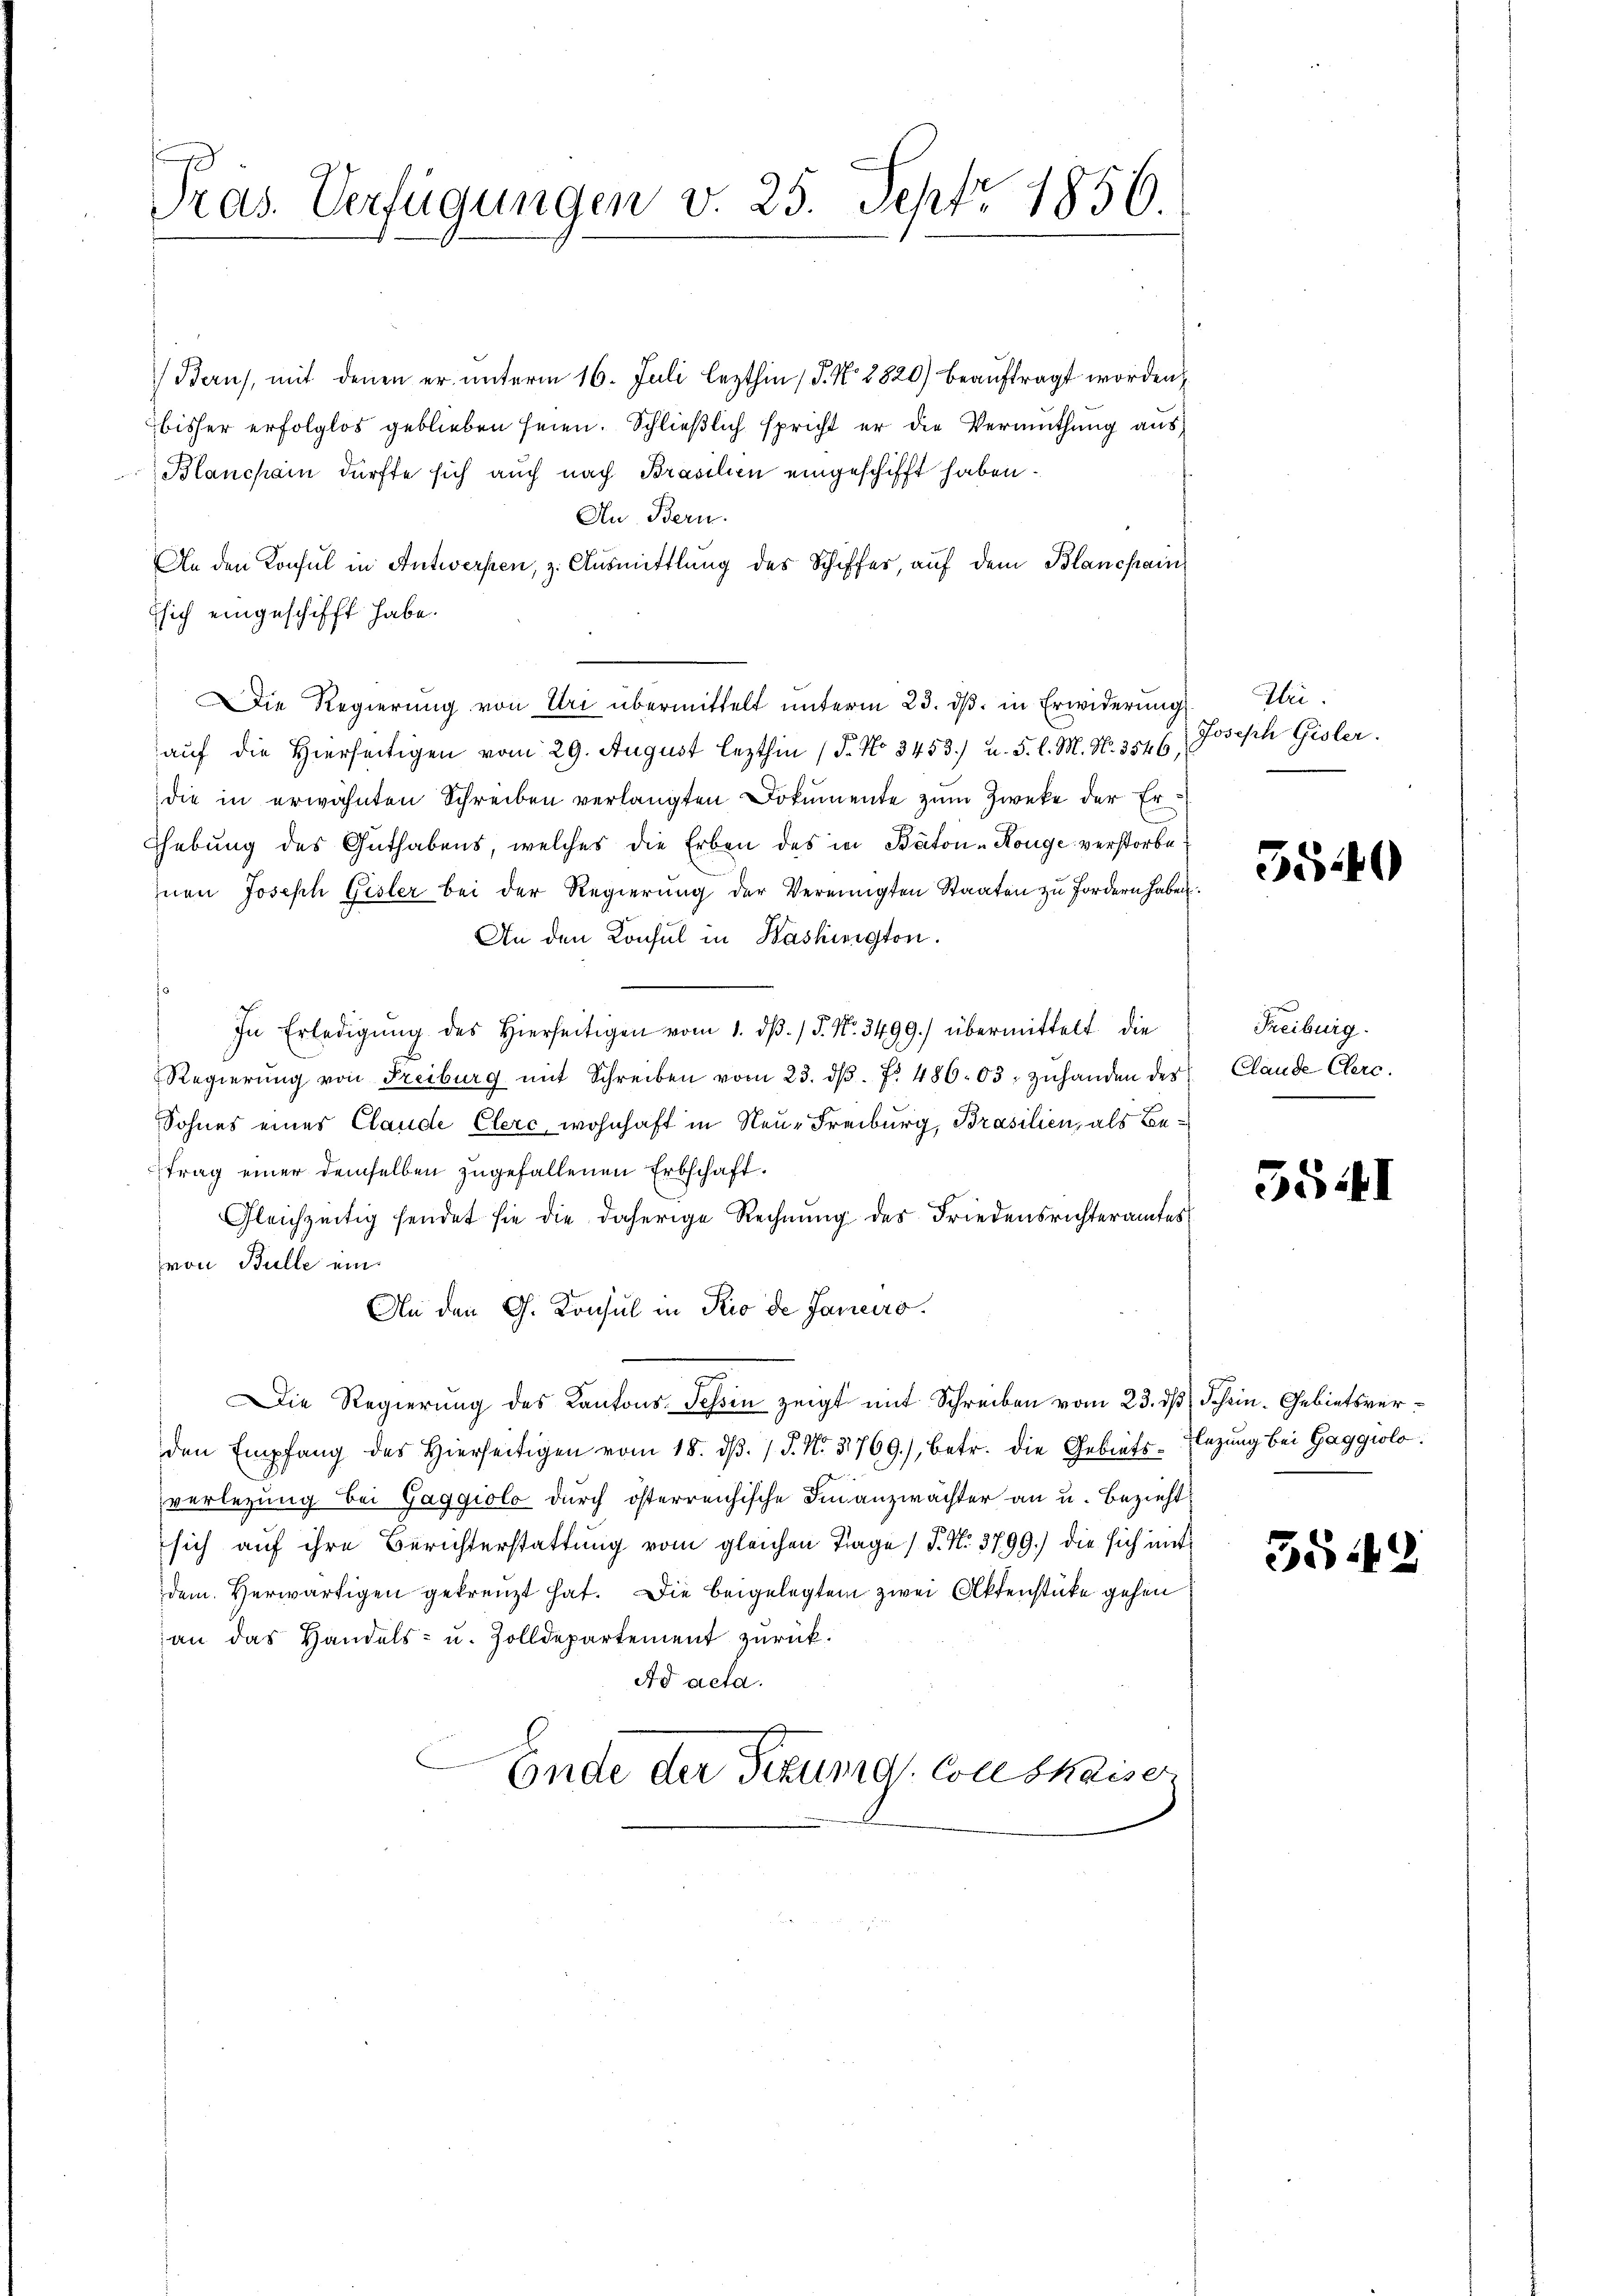
Pras. Verfügungen v. 25. Sept. 1856.

Bau), mit denen er unterm 16. Juli lezthin (§. No. 1820) beauftragt worden
bisher erfolglos geblieben seien. Schließlich spricht er die Vermuthung aus
Blanchain dürfte sich auch nach Brasilien eingeschifft haben.
An Bern.
An den Konsul in Antwerfen, z. Ausmittlung des Schiffes, auf dem Blanchain
Esich eingeschifft habe.
Die Regierung von Uri übermittelt unterm 23. dβ. in Erwiderung Iriauf die Hierseitigen vom 29. August lezthin 15. No 3453) u. 5. l. M. No. 3546,
die in erwähnten Schreiben verlangten Dokumente zum Zwecke der Er¬
Hhebung des Guthabens, welches die Erben des in Baton-Könge verstorbe
znen Joseph Gisler bei der Regierŭng der Vereinigten Staaten zu fordern haben.
An den Konsul in Washington.
In Erledigŭng des hierseitigen vom 1. dβ. / 5. No. 3499.) übermittelt die
Regierŭng von Freiburg mit Schreiben vom 23. dβ. f. 486. 03, zŭhanden der Claude Clerc.
Sohnes einer Claude Clerc, wohnhaft in Neue Freiburg, Brasilien, als Betrag einer demselben zugefallenen Erbschaft.
Gleichzeitig sendet sie die daherige Rechnung des Friedensrichteramtes
von Bulle ein
An den G. Konsul in Rio de Janeiro
Die Regierung des Kantons-Schin zeigt mit Schreiben vom 23. ds Schein. Gebietsverden Empfang des hierseitigen vom 18. dβ. / J. N. 3769), betr. die Gebiets-Enzŭng bei Gaggiolo
verlegung bei Gaggiolo durch österreichische Finanzwächter an u. Bezieht
sich auf ihre Berichterstattung vom gleichen Trage (T. No. 3799.) die sich mit
dem Verwärtigen gekreuzt hat. Die beigelegtem zwei Aktenstücke gehen
an das Handels- u. Zolldepartement zurück.
Ad acta.
Ende der Sitzung Conskaiser

Joseph Gisler.

550

Freiburg.

55.41

354